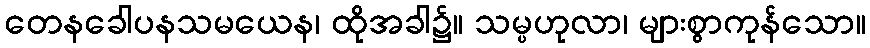
တေနခေါပနသမယေန၊ ထိုအခါ၌။ သမ္ပဟုလာ၊ များစွာကုန်သော။